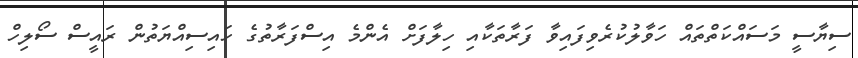
ސިޔާސީ މަސައްކަތްތައް ހަވާލުކުރެވިފައިވާ ފަރާތަކާއި ހިލާފަށް އެންމެ އިސްފަރާތުގެ ހައިސިއްޔަތުން ރައީސް ސޯލިހް